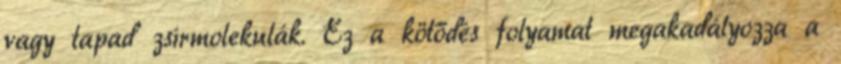
vagy tapad zsírmolekulák. Ez a kötődés folyamat megakadályozza a